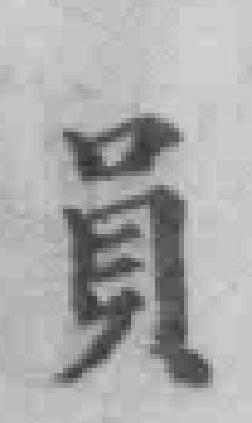
員